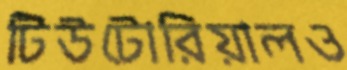
টিউটোরিয়ালও